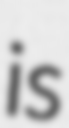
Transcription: is